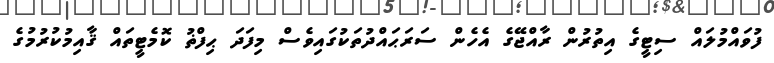
ފުވައްމުލައް ސިޓީގެ އިތުރުން ރާއްޖޭގެ އެހެން ސަރަޙައްދުތަކުގައިވެސް މިފަދަ ޙިފްޡު ކޮމެޓީތައް ޤާއިމުކުރުމުގެ